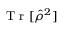
\mathrm { ~ T ~ r ~ } [ \hat { \rho } ^ { 2 } ]